Enquiry on enteric fever in India - Number 32
Disease focus: Fever
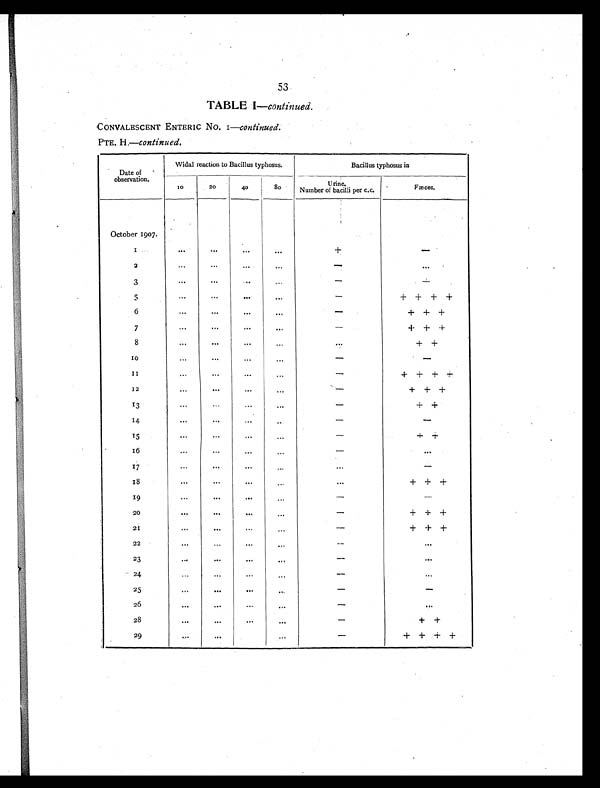
53
TABLE I—continued.
CONVALESCENT ENTERIC No. 1—continued.
PTE. H .c o n t i n u e d .
Date of
observation.
Widal reaction to Bacillus typhosus.
Bacillus typhosus in
10
20
40
80
Urine.
Number of bacilli per c.c.
Fæces.
October 1907.
1 . . . ...
. . . ...
+ -
2
...
...
...
...
-
. . .
3
. . .
. . .
. . .
...
-
-
5
...
...
. . .
. . .
-
+ + + +
6
...
. . .
. . .
...
-
+ + +
7
. . .
...
. . .
. . .
-
+ + +
8
. . .
...
...
...
. . .
+ +
10
...
. . .
...
...
-
-
1 1
...
. . .
. . .
...
-
+ + + +
12
...
. . .
...
...
-
+ + +
13
. . .
...
...
. . .
-
+ +
14
...
. . .
. . .
. . .
-
-
15
. . .
. . .
...
. . .
-
+ +
16
. . .
. . .
. . .
. . .
-
. . .
1 7
. . .
. . .
. . .
...
. . .
-
18
. . .
. . .
. . .
. . .
. . .
+ + +
19
...
...
. . .
. . .
-
_
20
. . .
...
. . .
...
-
+ + +
21
...
. . .
...
. . .
-
+ + +
22
...
...
. . .
...
-
. . .
23
. . .
. . .
. . .
. . .
-
. . .
24
. . .
. . .
. . .
. . .
-
. . .
25
...
. . .
...
...
-
-
26
. . .
. . .
. . .
. . .
-
. . .
28
...
...
. . .
. . .
-
+ +
29
. . .
...
...
-
+ + + +